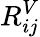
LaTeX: R_{ij}^{V}